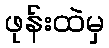
ဖုန်းထဲမှ